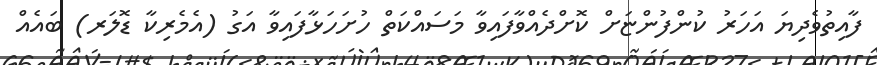
ފާއިތުވެދިޔަ އަހަރު ކުންފުންޏަށް ކޮށްދެއްވާފައިވާ މަސައްކަތް ހުށަހަޅާފައިވާ އަގު (އެމެރިކާ ޑޮލަރ) ބައެއް